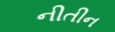
નીતીન